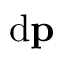
\mathrm { d } \mathbf { p }